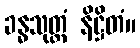
ခန္ဓသုတ္တံ နိဋ္ဌိတံ။